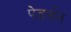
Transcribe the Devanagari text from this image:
पेडर्सन